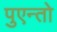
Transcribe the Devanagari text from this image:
पुएन्तो